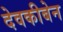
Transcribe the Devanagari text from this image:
देवकीबेन